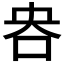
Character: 𫩣